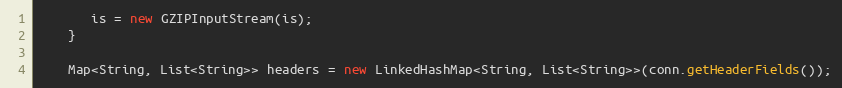
Language: Java
       is = new GZIPInputStream(is);
    }

    Map<String, List<String>> headers = new LinkedHashMap<String, List<String>>(conn.getHeaderFields());